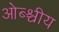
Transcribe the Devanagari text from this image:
ओब्श्चीय